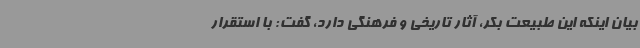
بیان اینکه این طبیعت بکر، آثار تاریخی و فرهنگی دارد، گفت: با استقرار